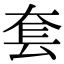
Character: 套